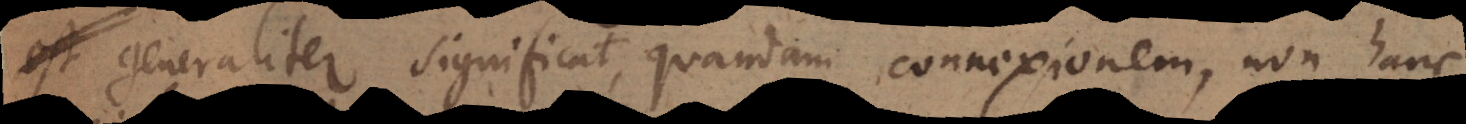
generaliter significat, quandam connexionem, non hanc